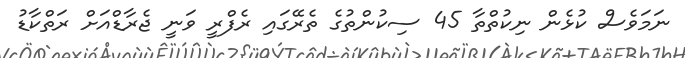
ނަމަވެސް ކުޅެން ނިކުތްތާ 45 ސިކުންތުގެ ތެރޭގައި ރެފްރީ ވަނީ ޖެރާޑްއަށް ރަތްކާޑު